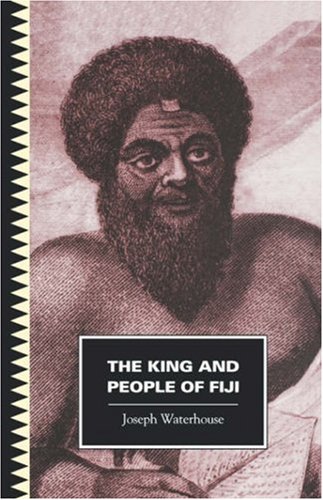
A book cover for King and People of Fiji (Pasifika Library); Joseph Waterhouse; History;